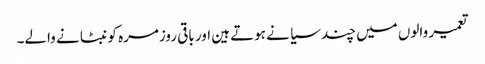
تعمیر والوں میں چند سیا نے ہوتے ہین اور باقی روزمرہ کو نبٹا نے والے۔